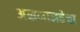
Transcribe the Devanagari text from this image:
असमानतेचा